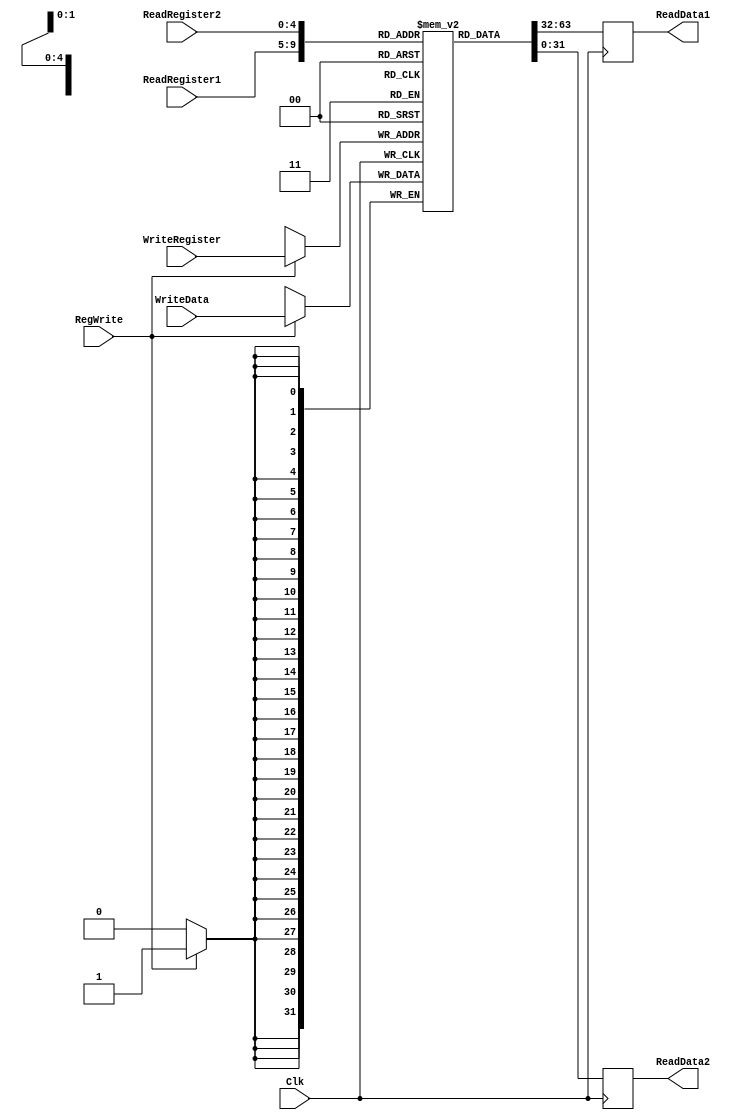
module register_file(ReadRegister1, ReadRegister2, WriteRegister, WriteData, RegWrite, Clk, ReadData1, ReadData2);

	/* Please fill in the implementation here... */ 
	input [4:0] ReadRegister1,ReadRegister2,WriteRegister;
	input [31:0] WriteData;
	input RegWrite,Clk;
	
	output reg [31:0] ReadData1,ReadData2;
	
	
	//reg [31:0] Registers = new reg[32];
	reg [31:0] Registers [0:31];
	
	initial begin
		Registers[0] <= 32'h00000000;
		Registers[1] <= 32'h00000000;
		Registers[2] <= 32'h00000000;
		Registers[3] <= 32'h00000000;
		Registers[4] <= 32'h00000000;
		Registers[5] <= 32'h00000000;
		Registers[6] <= 32'h00000000;
		Registers[7] <= 32'h00000000;
		Registers[8] <= 32'h00000000;
		Registers[9] <= 32'h00000000;
		Registers[10] <= 32'h00000000;
		Registers[11] <= 32'h00000000;
		Registers[12] <= 32'h00000000;
		Registers[13] <= 32'h00000000;
		Registers[14] <= 32'h00000000;
		Registers[15] <= 32'h00000000;
		Registers[16] <= 32'h00000000;
		Registers[17] <= 32'h00000000;
		Registers[18] <= 32'h00000000;
		Registers[19] <= 32'h00000000;
		Registers[20] <= 32'h00000000;
		Registers[21] <= 32'h00000000;
		Registers[22] <= 32'h00000000;
		Registers[23] <= 32'h00000000;
		Registers[24] <= 32'h00000000;
		Registers[25] <= 32'h00000000;
		Registers[29] <= 32'd252; // this value should point to the top of data memory, dont forget byte addressing
		Registers[31] <= 32'b0;
	end
	
	
	always @(posedge Clk)
	begin
		
		if (RegWrite == 1) 
		begin
			Registers[WriteRegister] <= WriteData;
		end
	end
	
	always @(negedge Clk)
	begin
		ReadData1 <= Registers[ReadRegister1];
		ReadData2 <= Registers[ReadRegister2];
	end
	
	

endmodule